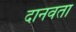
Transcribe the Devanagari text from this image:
दानवता